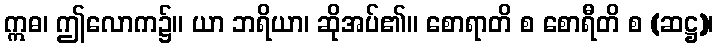
ဣဓ၊ ဤလောက၌။ ယာ ဘရိယာ၊ ဆိုအပ်၏။ စောရာတိ စ စောရီတိ စ (ဆဋ္ဌ)၊